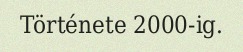
Története 2000-ig.